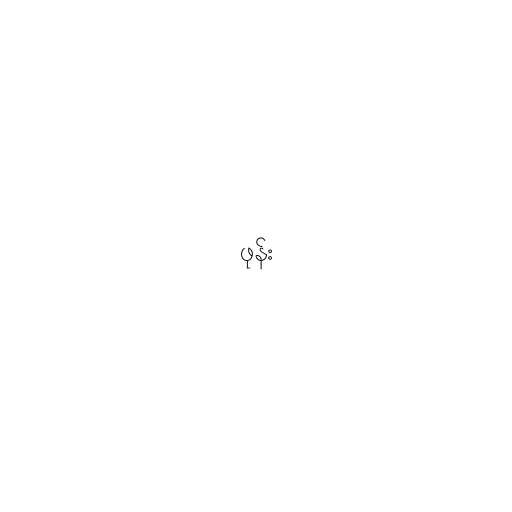
ဖုန်း